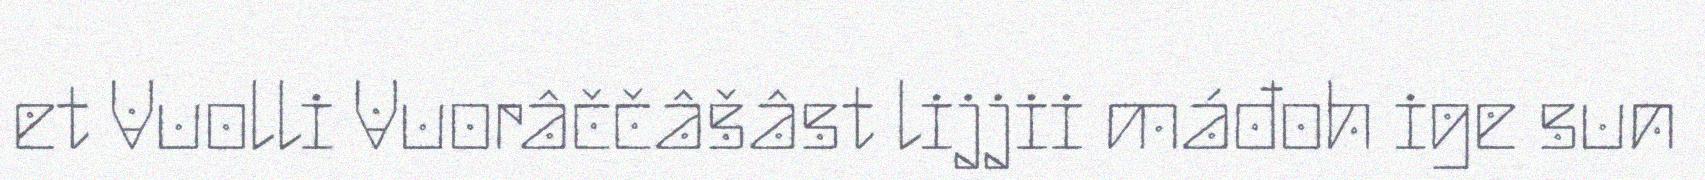
et Vuolli Vuorâččâšâst lijjii máđoh ige sun